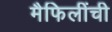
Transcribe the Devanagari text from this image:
मैफिलींची